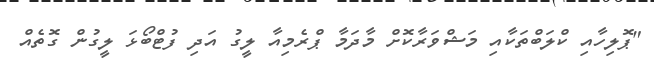
"ޕޮލިހާއި ކްލަބްތަކާއި މަޝްވަރާކޮށް މާދަމާ ޕްރެމިއާ ލީގު އަދި ފުޓްބޯޅަ ލީގުން ގޮތެއް